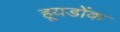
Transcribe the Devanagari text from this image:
हूयडोंक